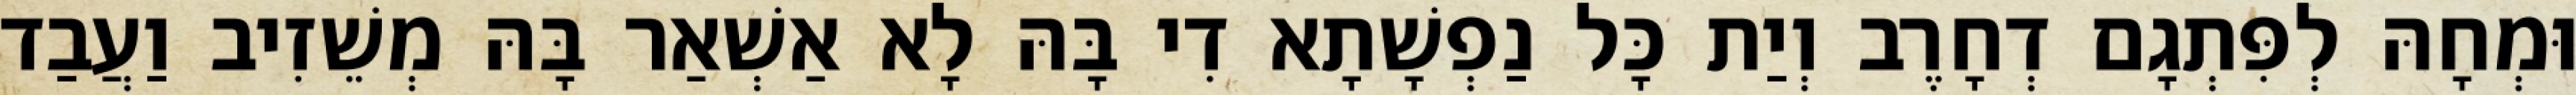
וּמְחָהּ לְפִּתְגָם דְחָרֶב וְיַת כָּל נַפְשָׁתָא דִי בָּהּ לָא אַשְׁאַר בָּהּ מְשֵׁזִיב וַעֲבַד